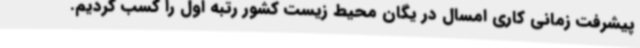
پیشرفت زمانی کاری امسال در یگان محیط زیست کشور رتبه اول را کسب کردیم.